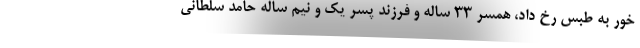
خور به طبس رخ داد، همسر ۳۳ ساله و فرزند پسر یک و نیم ساله حامد سلطانی